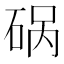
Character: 𰦿